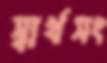
স্বার্থসং